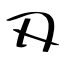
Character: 刄